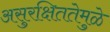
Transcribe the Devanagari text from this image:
असुरक्षिततेमुळे